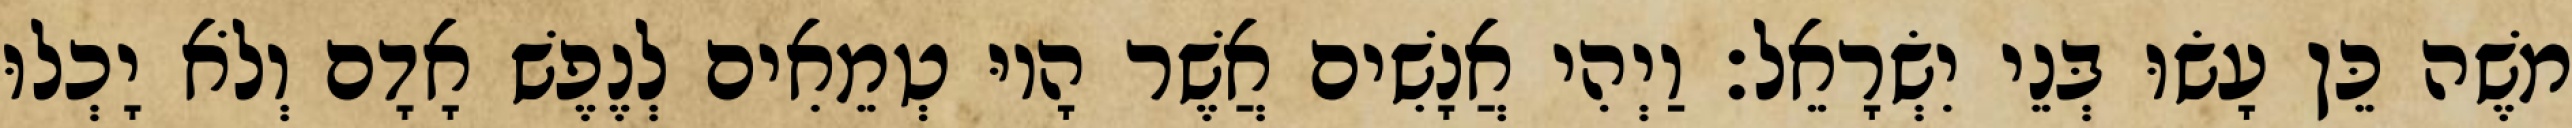
משֶׁה כֵּן עָשׂוּ בְּנֵי יִשְׂרָאֵל׃ וַיְהִי אֲנָשִׁים אֲשֶׁר הָיוּ טְמֵאִים לְנֶפֶשׁ אָדָם וְלֹא יָכְלוּ